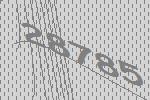
28785